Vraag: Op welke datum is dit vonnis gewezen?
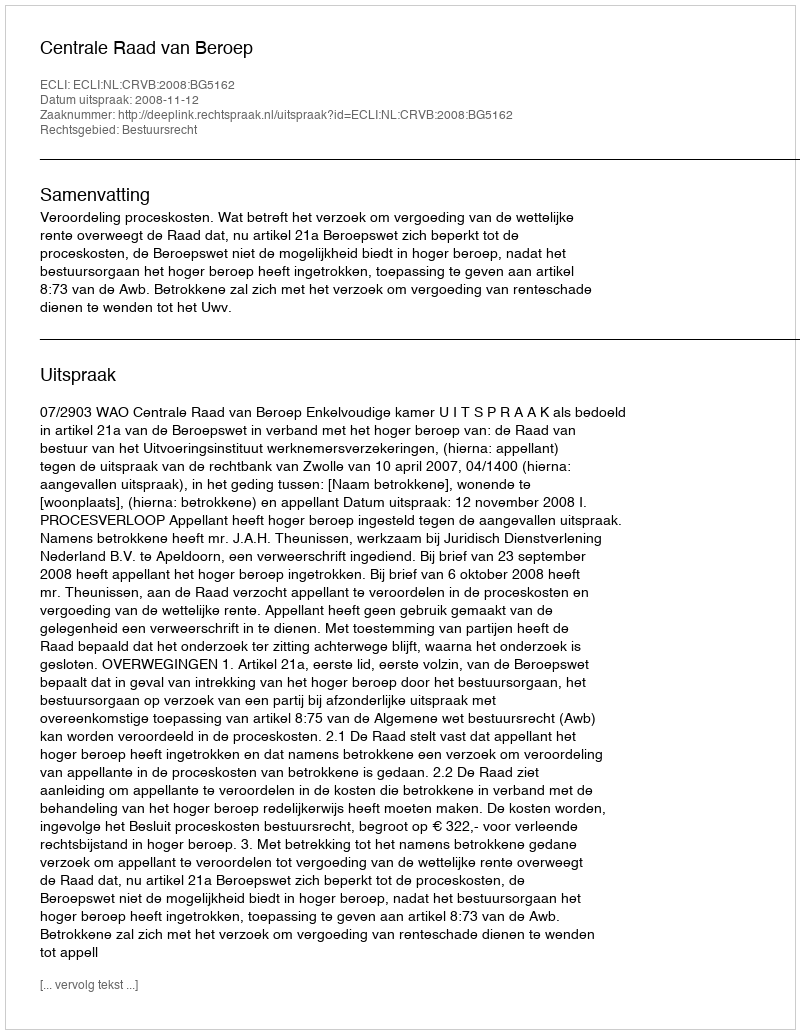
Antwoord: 2008-11-12